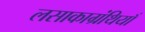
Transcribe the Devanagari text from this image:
लसाकाग्रंथियाँ